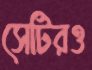
সেটিরও